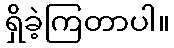
ရှိခဲ့ကြတာပါ။